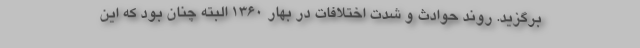
برگزید. روند حوادث و شدت اختلافات در بهار 1360 البته چنان بود که این